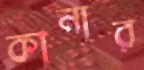
কানার